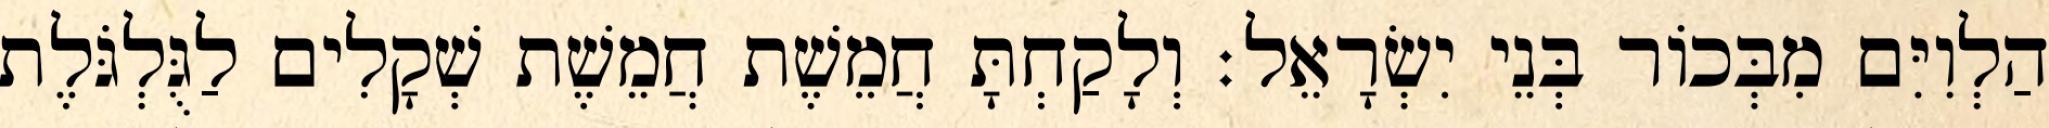
הַלְוִיִּם מִבְּכוֹר בְּנֵי יִשְׂרָאֵל׃ וְלָקַחְתָּ חֲמֵשֶׁת חֲמֵשֶׁת שְׁקָלִים לַגֻּלְגֹּלֶת